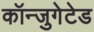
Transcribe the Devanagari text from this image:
कॉन्जुगेटेड